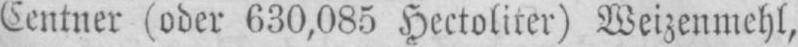
Centner (oder 630,085 Hectoliter) Weizenmehl,